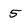
Character: 5